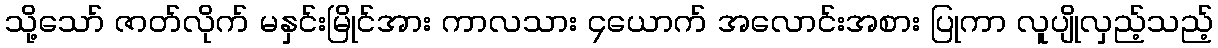
သို့သော် ဇာတ်လိုက် မနှင်းမြိုင်အား ကာလသား ၄ယောက် အလောင်းအစား ပြုကာ လူပျိုလှည့်သည့်